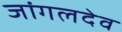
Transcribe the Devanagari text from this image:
जांगलदेव